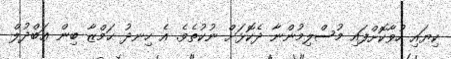
ކިޔައި ހުވާކޮށްފައި މުސްލިމުންނާ ދެކޮޅަށް ނުކުތެވެ. އެ ހިނދު ޙަމްޒާ ބިން ޢަބްދުލް